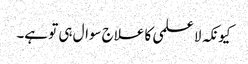
کیونکہ لا علمی کا علاج سوال ہی تو ہے۔